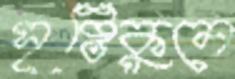
সৃষ্টিকুলে